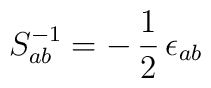
S^{-1}_{ab}=-\,\frac{1}{2}\,\epsilon_{ab}